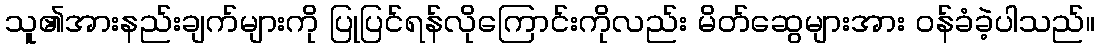
သူ၏အားနည်းချက်များကို ပြုပြင်ရန်လိုကြောင်းကိုလည်း မိတ်ဆွေများအား ဝန်ခံခဲ့ပါသည်။